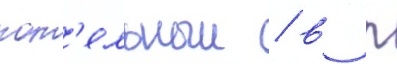
кот'ельныи / в п